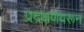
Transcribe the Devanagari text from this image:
प्रदक्षणेवरून